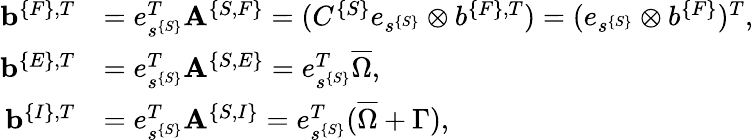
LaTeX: \begin{array}{rl}{{\mathbf b}^{\{ F\} ,T}}&{=e_{s^{\{ S\} }}^{T}{\mathbf A}^{\{ S,F\} }=(C^{\{ S\} }e_{s^{\{ S\} }}\otimes b^{\{ F\} ,T})=(e_{s^{\{ S\} }}\otimes b^{\{ F\} })^{T},}\\ {{\mathbf b}^{\{ E\} ,T}}&{=e_{s^{\{ S\} }}^{T}{\mathbf A}^{\{ S,E\} }=e_{s^{\{ S\} }}^{T}\overline{{\Omega}},}\\ {{\mathbf b}^{\{ I\} ,T}}&{=e_{s^{\{ S\} }}^{T}{\mathbf A}^{\{ S,I\} }=e_{s^{\{ S\} }}^{T}(\overline{{\Omega}}+\Gamma),}\end{array}